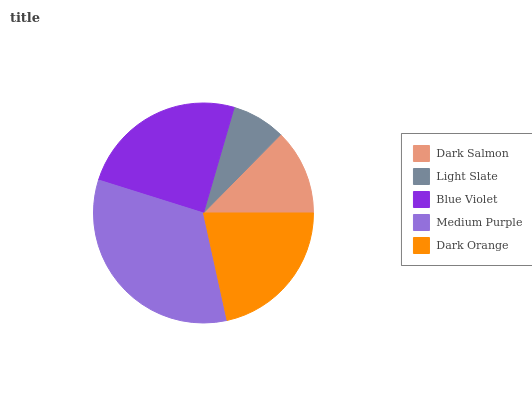
| Dark Salmon | Light Slate | Blue Violet | Medium Purple | Dark Orange |
 | --- | --- | --- | --- | --- |
 | 12.6% | 7.88% | 24.7% | 33.3% | 21.5% |